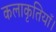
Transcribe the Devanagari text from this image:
कलाकृतियाँ।